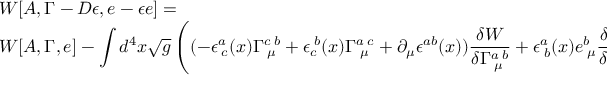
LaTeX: \begin{array} { l } { { W [ A , \Gamma - D \epsilon , e - \epsilon e ] = } } \\ { { W [ A , \Gamma , e ] - \displaystyle \int d ^ { 4 } x \sqrt { g } \left( ( - \epsilon _ { \; c } ^ { a } ( x ) \Gamma _ { \; \mu } ^ { c \; b } + \epsilon _ { c } ^ { \; b } ( x ) \Gamma _ { \; \mu } ^ { a \; c } + \partial _ { \mu } \epsilon ^ { a b } ( x ) ) \frac { \delta W } { \delta \Gamma _ { \; \mu } ^ { a \; b } } + \epsilon _ { \; b } ^ { a } ( x ) e _ { \; \mu } ^ { b } \frac { \delta W } { \delta e _ { \; \mu } ^ { a } } \right) } } \end{array}